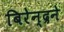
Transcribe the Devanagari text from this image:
बिरेन्द्रने